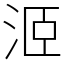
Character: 洍